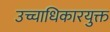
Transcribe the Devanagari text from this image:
उच्चाधिकारयुक्त